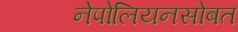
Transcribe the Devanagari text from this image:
नेपोलियनसोबत